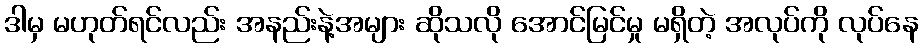
ဒါမှ မဟုတ်ရင်လည်း အနည်းနဲ့အများ ဆိုသလို အောင်မြင်မှု မရှိတဲ့ အလုပ်ကို လုပ်နေ